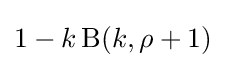
1-k\operatorname {B} (k,\rho +1)